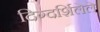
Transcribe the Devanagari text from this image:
दिग्दर्शिलेले